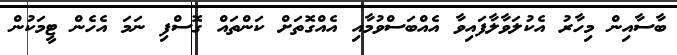
ބާސާއިން މިހާރު އެކުލަވާލާފައިވާ އެއްބަސްވުމާއި އެއްގޮތަށް ކަންތައް ގޮސްފި ނަމަ އެހެން ޓީމަކުން